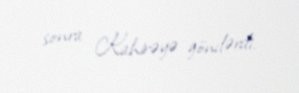
sonra Kahirəyə göndərdi.